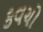
કવચો